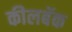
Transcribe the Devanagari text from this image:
कीलबॅक